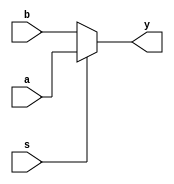
`timescale 1ns / 1ps
//////////////////////////////////////////////////////////////////////////////////
// Company: 
// Engineer: 
// 
// Design Name: 
// Module Name:    mux_1_12 
// Project Name: 
// Target Devices: 
// Tool versions: 
// Description: 
//
// Dependencies: 
//
// Revision: 
// Revision 0.01 - File Created
// Additional Comments: 
//
//////////////////////////////////////////////////////////////////////////////////
module mux_1_12(
	input a,b,
	input s,
	output y
    ); 
	 assign y= s?a:b;
	endmodule